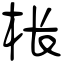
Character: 枨